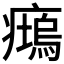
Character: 𱱧